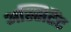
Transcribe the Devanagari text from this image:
अस्सिटैंट